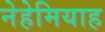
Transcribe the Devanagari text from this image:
नेहेमियाह